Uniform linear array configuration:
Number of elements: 64
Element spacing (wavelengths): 0.75
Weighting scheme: hann
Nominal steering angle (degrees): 60
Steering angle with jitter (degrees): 61.865
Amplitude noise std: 0.05
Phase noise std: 0.05

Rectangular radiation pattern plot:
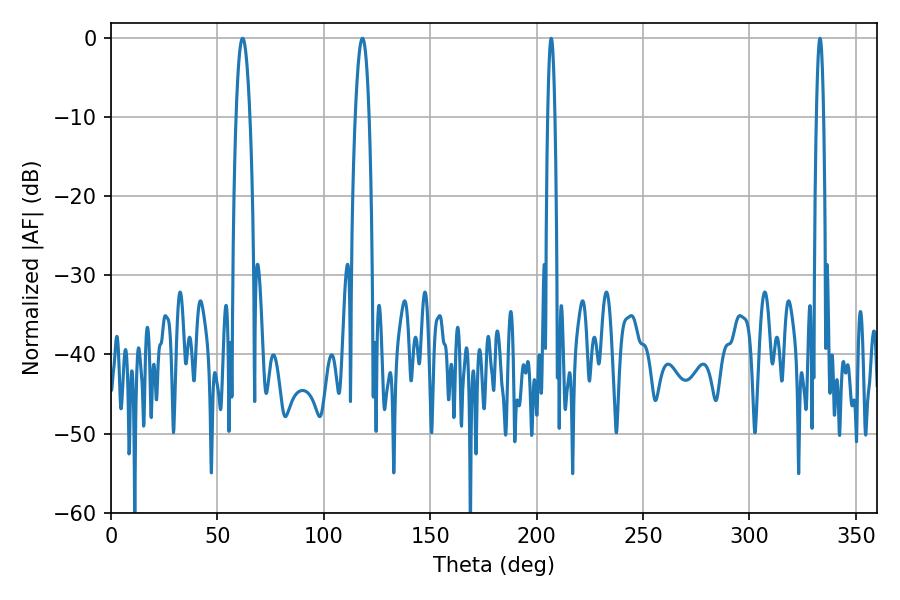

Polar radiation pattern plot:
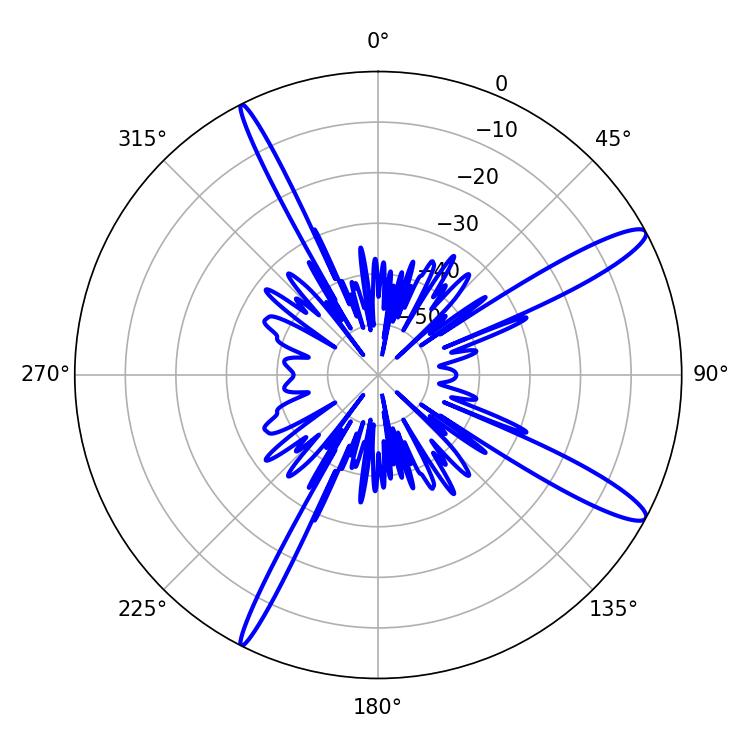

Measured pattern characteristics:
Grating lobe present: TRUE
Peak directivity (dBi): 13.58
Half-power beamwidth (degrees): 1.8
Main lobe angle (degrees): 206.82